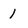
Character: 1